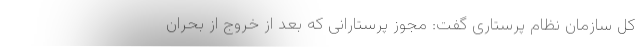
کل سازمان نظام پرستاری گفت: مجوز پرستارانی که بعد از خروج از بحران